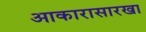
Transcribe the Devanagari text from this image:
आकारासारखा